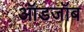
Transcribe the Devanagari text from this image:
ऑडजॉब